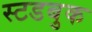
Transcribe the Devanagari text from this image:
स्टडबुक